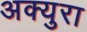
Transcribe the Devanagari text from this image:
अक्युरा